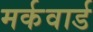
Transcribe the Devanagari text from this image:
मर्कवार्ड